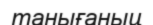
танығаныц